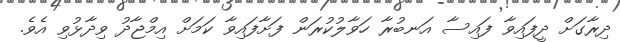
ދިރާގަށް ދީފައިވާ ފައިސާ އަނބުރާ ހަވާލުކުރަން ފަށާފައިވާ ކަމަށް އިމްޖާދު ވިދާޅުވި އެވެ.